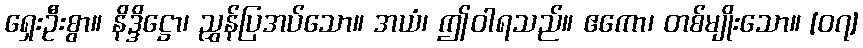
ရှေးဦးစွာ။ နိဒ္ဒိဋ္ဌော၊ ညွှန်ပြအပ်သော။ အယံ၊ ဤဝါရသည်။ ဧကော၊ တစ်မျိုးသော။ [၀၇]